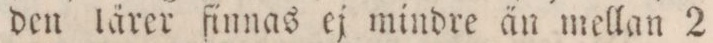
den lärer finnas ej mindre än mellan 2